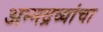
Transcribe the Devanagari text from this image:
अन्नद्रव्यांचा